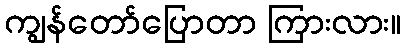
ကျွန်တော်ပြောတာ ကြားလား။